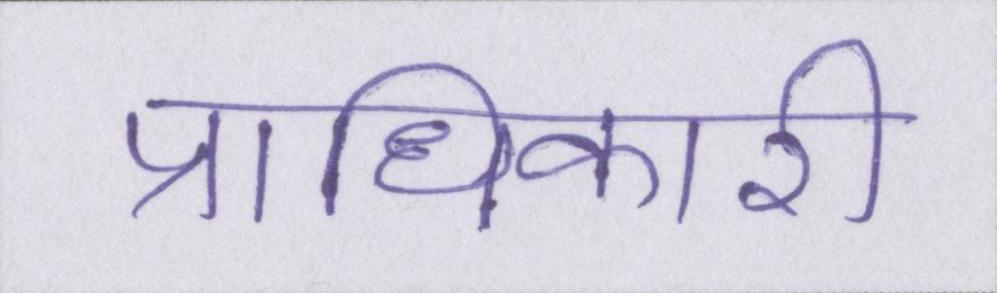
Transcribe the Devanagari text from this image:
प्राधिकारी